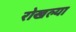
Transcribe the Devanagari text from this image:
रोखल्या